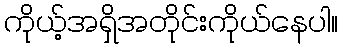
ကိုယ့်အရှိအတိုင်းကိုယ်နေပါ။